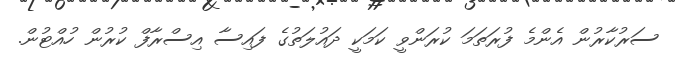
ސަރުކާރުން އެންމެ ފުރަތަމަ ކުރަންވީ ކަމަކީ ދައުލަތުގެ ފައިސާ އިސްރާފް ކުރުން ހުއްޓުން.